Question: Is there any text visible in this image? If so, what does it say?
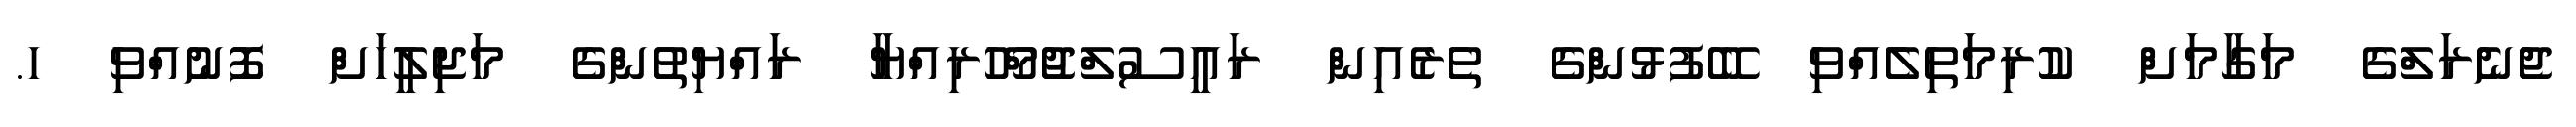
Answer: ޖެނެރަލްގެ މަގާމަށް ކުރިމަތިލެއްވި ބޭފުޅުންގެ ތެރެއިން ރައީސުލްޖުމްހޫރިއްޔާ ރައްޔިތުންގެ މަޖިލީހަށް ފޮނުއްވި ހ.